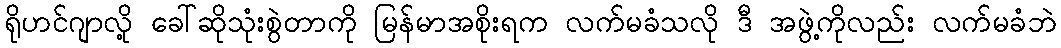
ရိုဟင်ဂျာလို့ ခေါ်ဆိုသုံးစွဲတာကို မြန်မာအစိုးရက လက်မခံသလို ဒီ အဖွဲ့ကိုလည်း လက်မခံဘဲ